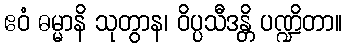
ဧဝံ ဓမ္မာနိ သုတွာန၊ ဝိပ္ပသီဒန္တိ ပဏ္ဍိတာ။